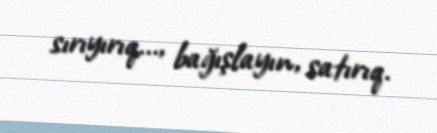
sırıyırıq..., bağışlayın, satırıq.